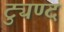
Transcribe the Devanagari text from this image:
ट्युण्द